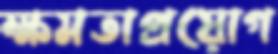
ক্ষমতাপ্রয়োগ